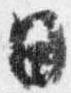
日